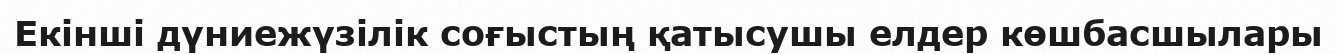
Екінші дүниежүзілік соғыстың қатысушы елдер көшбасшылары